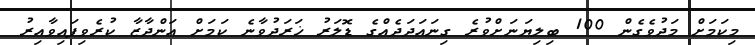
މިކަމަށް މަދުވެގެން 100 ބިލިޔަނަށްވުރެ ގިނައަދަދެއްގެ ޑޮލަރު ޚަރަދުވާނެ ކަމަށް އަންދާޒާ ކުރެވިފައިވާއިރު